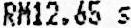
RM12.65 S